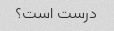
درست است؟